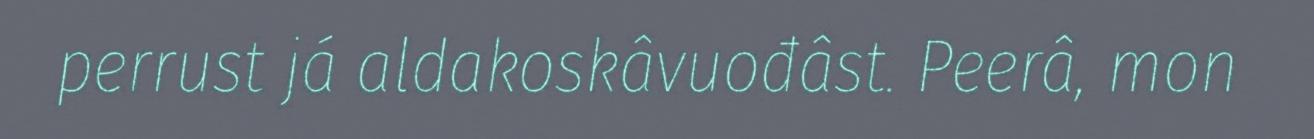
perrust já aldakoskâvuođâst. Peerâ, mon